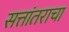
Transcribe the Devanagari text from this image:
सत्तांतराचा